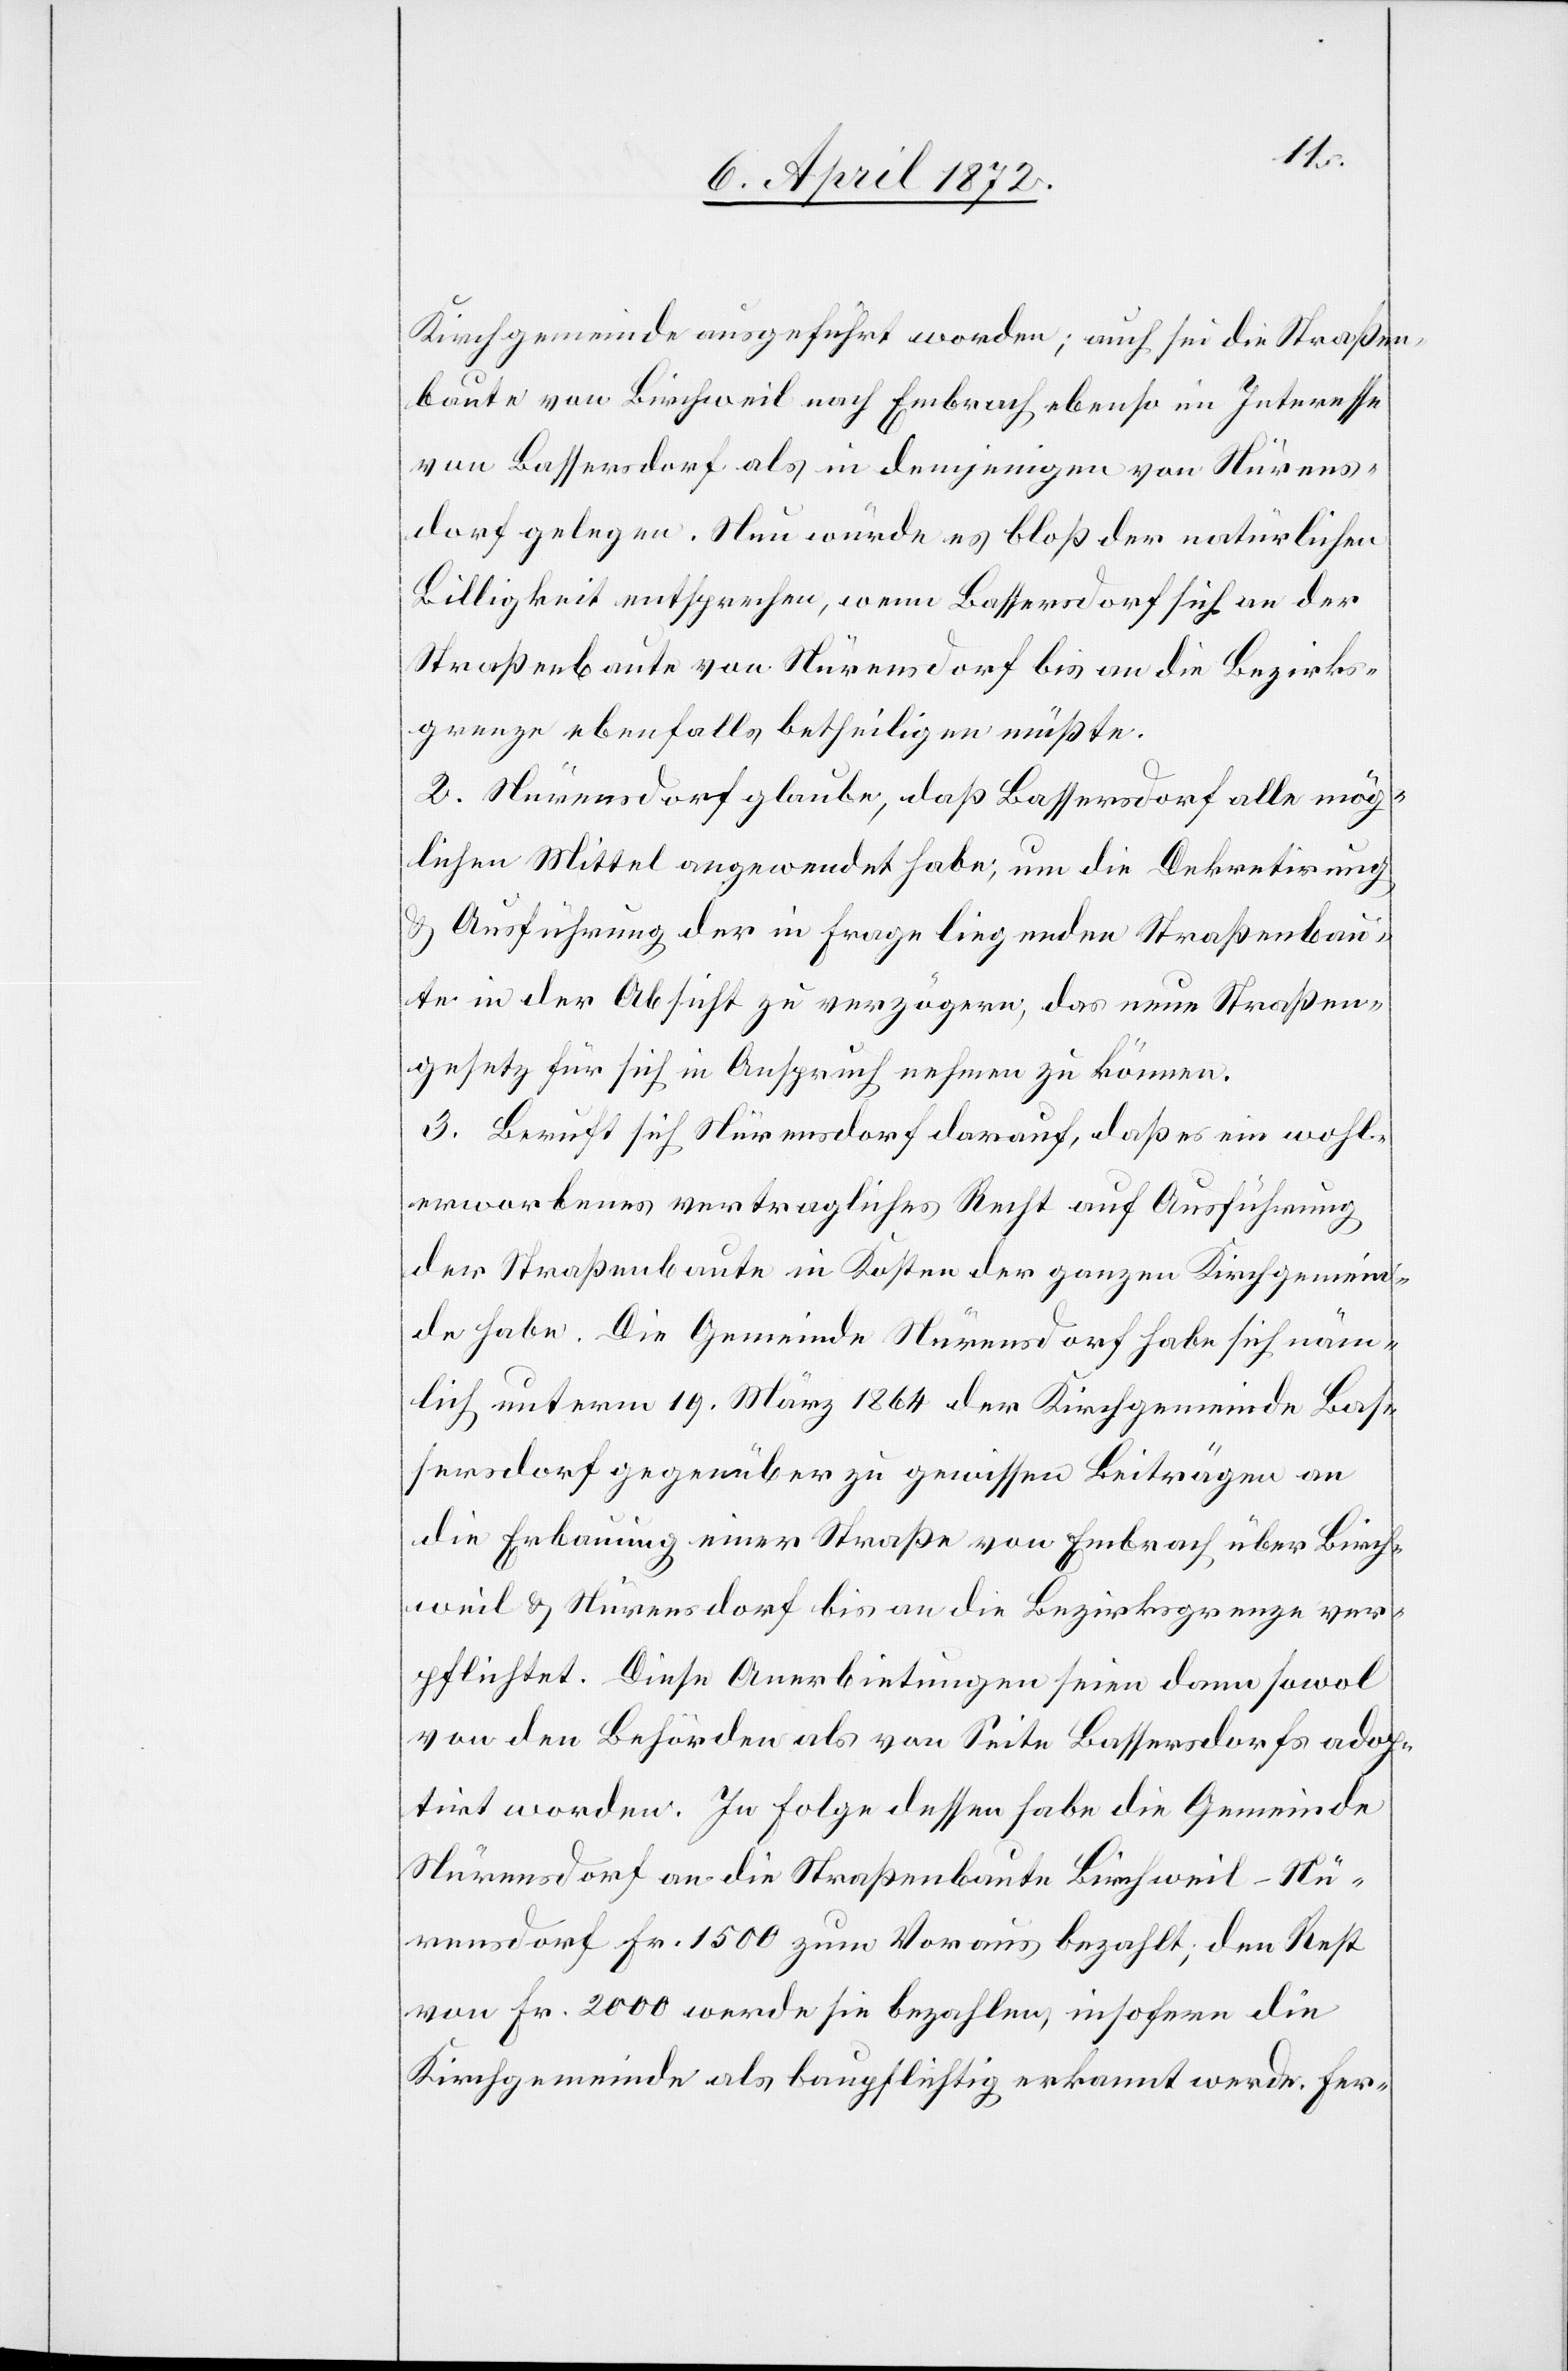
Kirchgemeinde ausgeführt worden; auch sei die Straßen¬
baute von Birchweil nach Embrach ebenso im Interesse
von Bassersdorf als in demjenigen von Nürens¬
dorf gelegen. Nun würde es bloß der natürlichen
Billigkeit entsprechen, wenn Bassersdorf sich an der
Straßenbaute von Nürensdorf bis an die Bezirks¬
grenze ebenfalls betheiligen müßte.
2. Nürensdorf glaube, daß Bassersdorf alle mög¬
lichen Mittel angewendet habe, um die Dekretirung
u. Ausführung der in Frage liegenden Straßenbau¬
te in der Absicht zu verzögern, das neue Straßen¬
gesetz für sich in Anspruch nehmen zu können.
3. Beruft sich Nürensdorf darauf, daß es ein wohl¬
erworbenes vertragliches Recht auf Ausführung
der Straßenbaute in Kosten der ganzen Kirchgemeind¬
e habe. Die Gemeinde Nürensdorf habe sich näm¬
lich unterm 19. März 1864 der Kirchgemeinde Bas¬
sersdorf gegenüber zu gewissen Beiträgen an
die Erbauung einer Straße von Embrach über Birch¬
weil u. Nürensdorf bis an die Bezirksgrenze ver¬
pflichtet. Diese Anerbietungen seien dann sowol
von den Behörden als von Seite Bassersdorf adop¬
tirt worden. In Folge dessen habe die Gemeinde
Nürensdorf an die Straßenbaute Birchweil–Nü¬
rensdorf Fr. 1500 zum Voraus bezahlt, den Rest
von Fr. 2000 werde sie bezahlen, insofern die
Kirchgemeinde als baupflichtig erkannt werde. Fer-